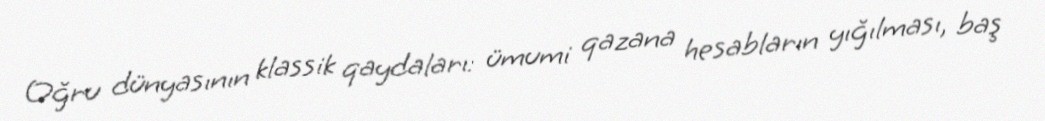
Oğru dünyasının klassik qaydaları: ümumi qazana hesabların yığılması, baş